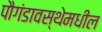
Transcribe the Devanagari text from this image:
पौगंडावस्थेमधील